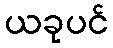
ယခုပင်